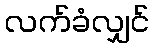
လက်ခံလျှင်